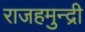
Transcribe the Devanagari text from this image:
राजहमुन्द्री